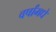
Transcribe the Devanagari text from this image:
वर्षांमधे